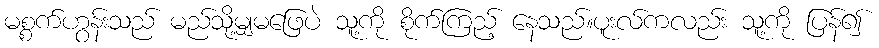
မစ္စက်ဟွန်းသည် မည်သို့မျှမဖြေပဲ သူ့ကို စိုက်ကြည့် နေသည်။ပူးလ်ကလည်း သူ့ကို ပြန်၍